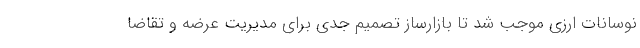
نوسانات ارزی موجب شد تا بازارساز تصمیم جدی برای مدیریت عرضه و تقاضا